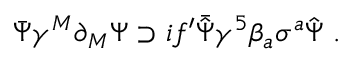
\bar { \Psi } \gamma ^ { M } \partial _ { M } \Psi \supset i f ^ { \prime } \bar { \hat { \Psi } } \gamma ^ { 5 } \beta _ { a } \sigma ^ { a } \hat { \Psi } \ .